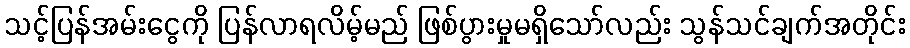
သင့်ပြန်အမ်းငွေကို ပြန်လာရလိမ့်မည် ဖြစ်ပွားမှုမရှိသော်လည်း သွန်သင်ချက်အတိုင်း